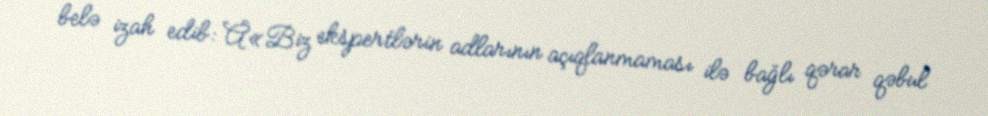
belə izah edib: Â«Biz ekspertlərin adlarının açıqlanmaması ilə bağlı qərar qəbul